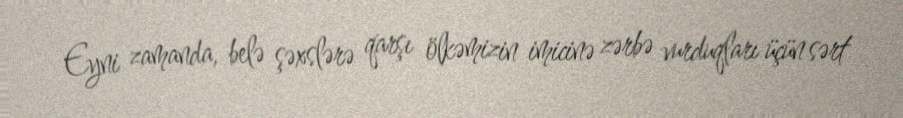
Eyni zamanda, belə şəxslərə qarşı ölkəmizin imicinə zərbə vurduqları üçün sərt